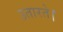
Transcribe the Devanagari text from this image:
उतारते।